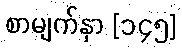
စာမျက်နှာ [၁၄၅]